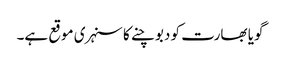
گویا بھارت کو دبوچنے کا سنہری موقع ہے۔